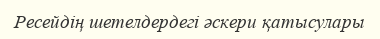
Ресейдің шетелдердегі әскери қатысулары